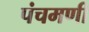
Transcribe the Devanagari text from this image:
पंचमणी